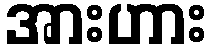
အားဟား